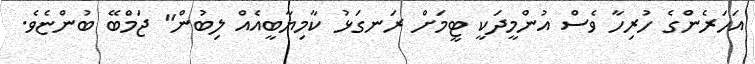
އަހަރެންގެ ހުރިހާ ވެސް އުންމީދަކީ ޓީމަށް ރަނގަޅު ކާމިޔާބީއެއް ލިބުން" ޖަމްބޭ ބުންޏެވެ.